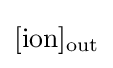
[\mathrm {ion} ]_{\mathrm {out} }